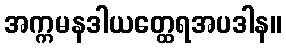
အက္ကမနဒါယတ္ထေရအပဒါန။